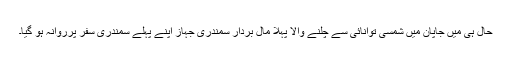
حال ہی میں جاپان میں شمسی توانائی سے چلنے والا پہلا مال بردار سمندری جہاز اپنے پہلے سمندری سفر پرروانہ ہو گیا۔